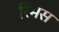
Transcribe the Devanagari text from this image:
रिमस